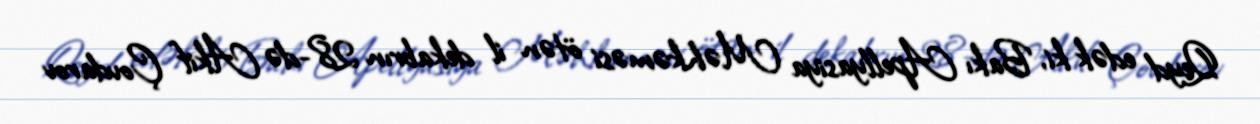
Qeyd edək ki, Bakı Apellyasiya Məhkəməsi ötən il dekabrın 28-də Akif Çovdarov